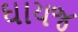
ઘાયજ